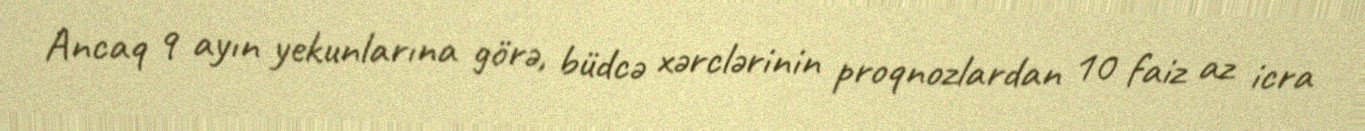
Ancaq 9 ayın yekunlarına görə, büdcə xərclərinin proqnozlardan 10 faiz az icra